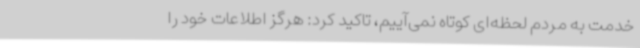
خدمت به مردم لحظه‌ای کوتاه نمی‌آییم، تاکید کرد: هرگز اطلاعات خود را